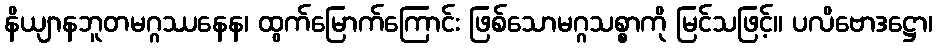
နိယျာနဘူတမဂ္ဂဿနေန၊ ထွက်မြောက်ကြောင်း ဖြစ်သောမဂ္ဂသစ္စာကို မြင်သဖြင့်။ ပလိဗောဒဋ္ဌော၊